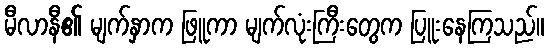
မီလာနီ၏ မျက်နှာက ဖြူကာ မျက်လုံးကြီးတွေက ပြူးနေကြသည်။